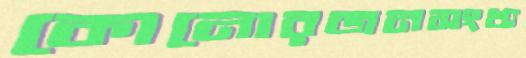
কোনোরজনসংখ্য